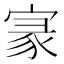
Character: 𡩚